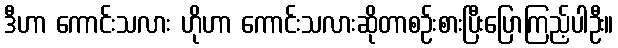
ဒီဟာ ကောင်းသလား ဟိုဟာ ကောင်းသလားဆိုတာစဉ်းစားပြီးပြောကြည့်ပါဦး။